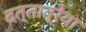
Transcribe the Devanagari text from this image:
दत्तात्रेया